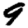
Digit: 9